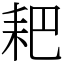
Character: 耙